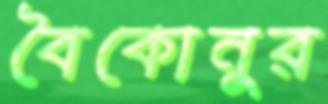
বৈকোনুর